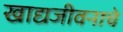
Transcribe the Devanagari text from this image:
खाद्यजीवनाचे